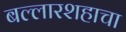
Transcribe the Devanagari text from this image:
बल्लारशहाचा